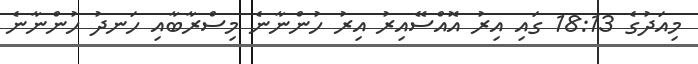
މިއަދުގެ 18:13 ގައި އިރު އޮއްސޭއިރު އިރު ހުންނާނެ މިސްރާބާއި ހަނދު ހުންނާނެ